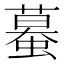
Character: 蟇